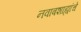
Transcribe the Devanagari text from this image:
नवाबशाह्यांचे